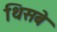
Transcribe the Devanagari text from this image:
थिसबे